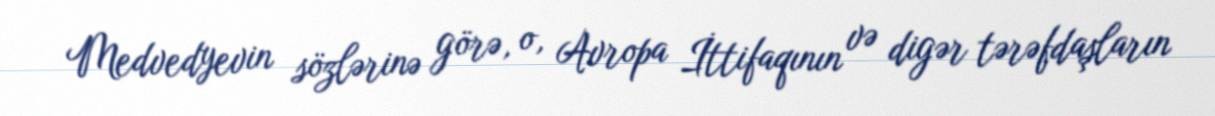
Medvedyevin sözlərinə görə, o, Avropa İttifaqının və digər tərəfdaşların